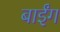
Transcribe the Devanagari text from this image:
बाईंग